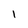
Character: I